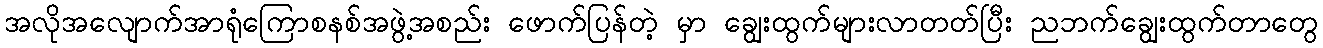
အလိုအလျောက်အာရုံကြောစနစ်အဖွဲ့အစည်း ဖောက်ပြန်တဲ့ မှာ ချွေးထွက်များလာတတ်ပြီး ညဘက်ချွေးထွက်တာတွေ